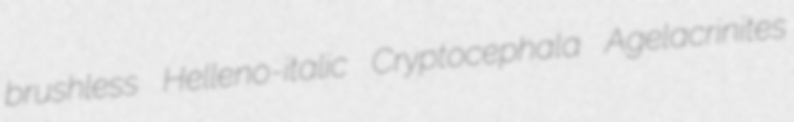
brushless Helleno-italic Cryptocephala Agelacrinites